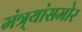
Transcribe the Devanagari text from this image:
मंत्र्यांसमोर